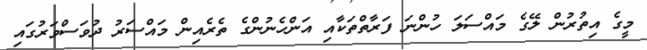
މީގެ އިތުރުން ލޭގެ މައްސަލަ ހުންނަ ފަރާތްތަކާއި އަންހެނުންގެ ތެރެއިން މައްސަރު ދުވަސްވަރުގައި